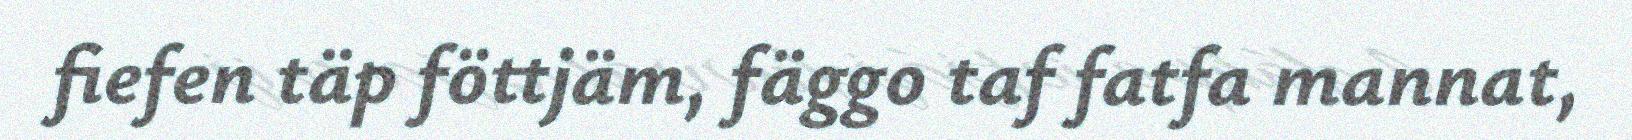
fiefen täp föttjäm, fäggo taf fatfa mannat,